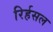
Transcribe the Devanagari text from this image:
रिर्हसल